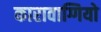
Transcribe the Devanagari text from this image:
कारावाग्गियो